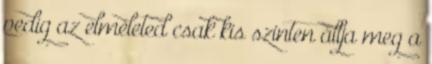
pedig az elméleted csak kis szinten állja meg a